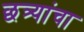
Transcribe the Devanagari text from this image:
छत्र्यांचा